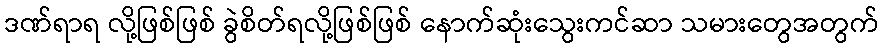
ဒဏ်ရာရ လို့ဖြစ်ဖြစ် ခွဲစိတ်ရလို့ဖြစ်ဖြစ် နောက်ဆုံးသွေးကင်ဆာ သမားတွေအတွက်